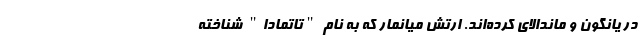
در یانگون و ماندالای کرده‌اند. ارتش میانمار که به نام "تاتمادا" شناخته